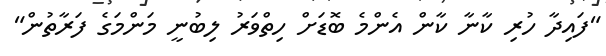
"ފައިދާ ހުރި ކާނާ ކާން އެންމެ ބޮޑަށް ހިތްވަރު ލިބުނީ މަންމަގެ ފަރާތުން"